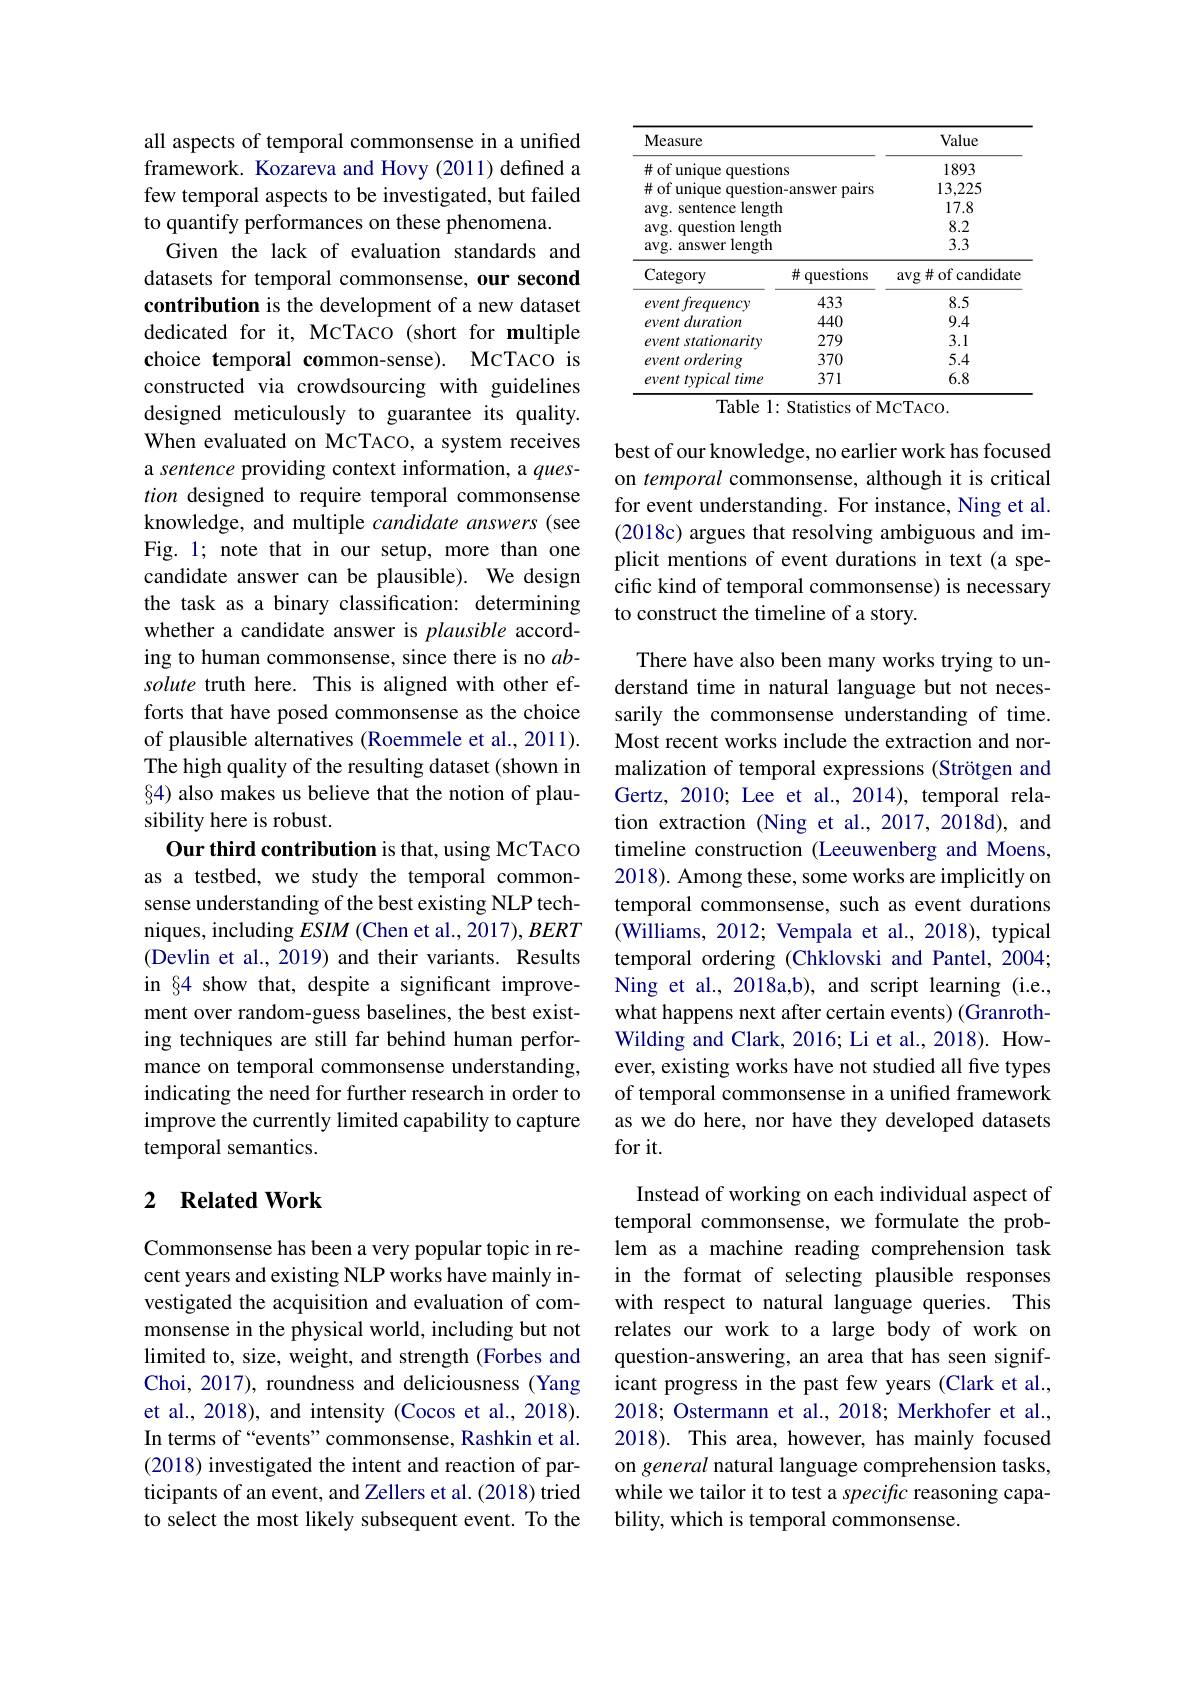
all aspects of temporal commonsense in a unified framework. Kozareva and Hovy (2011) defined a few temporal aspects to be investigated, but failed to quantify performances on these phenomena.
Given the lack of evaluation standards and datasets for temporal commonsense, our second contribution is the development of a new dataset dedicated for it, MCTACO (short for multiple choice temporal common-sense). MCTACO is constructed via crowdsourcing with guidelines designed meticulously to guarantee its quality. When evaluated on McTACO, a system receives a sentence providing context information, a question designed to require temporal commonsense knowledge, and multiple candidate answers (see Fig. 1; note that in our setup, more than one candidate answer can be plausible). We design the task as a binary classification: determining whether a candidate answer is plausible according to human commonsense, since there is no $ab-$ solute truth here. This is aligned with other efforts that have posed commonsense as the choice of plausible alternatives (Roemmele et al., 2011). The high quality of the resulting dataset (shown in §4) also makes us believe that the notion of plausibility here is robust.
Our third contribution is that, using MCTACO as a testbed, we study the temporal commonsense understanding of the best existing NLP techniques, including $ESIM$ (Chen et al., 2017), BERT (Devlin et al., 2019) and their variants. Results in §4 show that, despite a significant improvement over random-guess baselines, the best existing techniques are still far behind human performance on temporal commonsense understanding, indicating the need for further research in order to improve the currently limited capability to capture temporal semantics.

### 2 $\textbf{Related Work}$

Commonsense has been a very popular topic in recent years and existing NLP works have mainly investigated the acquisition and evaluation of commonsense in the physical world, including but not limited to, size, weight, and strength (Forbes and Choi, 2017), roundness and deliciousness (Yang et al., 2018), and intensity (Cocos et al., 2018). In terms of“events”commonsense, Rashkin et al. (2018) investigated the intent and reaction of participants of an event, and Zellers et al. (2018) tried to select the most likely subsequent event. To the

<table>
	<tbody>
		<tr>
			<th>Measure</th>
			<th> </th>
			<th>Value</th>
		</tr>
		<tr>
			<td>$\#$ of unique question $i$</td>
			<td>ns</td>
			<td>1893</td>
		</tr>
		<tr>
			<td>#of unique auestior</td>
			<td>n-answer pairs</td>
			<td>13,225</td>
		</tr>
		<tr>
			<td>avg. sentence length</td>
			<td>1</td>
			<td>17.8</td>
		</tr>
		<tr>
			<td>question length $avg.c$</td>
			<td>1</td>
			<td>8.2</td>
		</tr>
		<tr>
			<td>$avg.$ answer length</td>
			<td> </td>
			<td>3.3</td>
		</tr>
		<tr>
			<td>Category</td>
			<td>井 questions</td>
			<td>$\arg\#$of candidate</td>
		</tr>
		<tr>
			<td>frequency event</td>
			<td>433</td>
			<td>8.5</td>
		</tr>
		<tr>
			<td>duration event</td>
			<td>440</td>
			<td>9.4</td>
		</tr>
		<tr>
			<td>event stationaritw</td>
			<td>279</td>
			<td>3.1</td>
		</tr>
		<tr>
			<td>event ordering</td>
			<td>370</td>
			<td>5.4</td>
		</tr>
		<tr>
			<td>tvpicaltime event</td>
			<td>371</td>
			<td>6.8</td>
		</tr>
	</tbody>
</table>
Table 1: Statistics of MCTACO.

best of our knowledge, no earlier work has focused on temporal commonsense, although it is critical for event understanding. For instance, Ning et al. (2018c) argues that resolving ambiguous and implicit mentions of event durations in text (a specific kind of temporal commonsense) is necessary to construct the timeline of a story.

There have also been many works trying to understand time in natural language but not necessarily the commonsense understanding of time. Most recent works include the extraction and normalization of temporal expressions (Strötgen and Gertz, 2010; Lee et al., 2014), temporal relation extraction (Ning et al., 2017, 2018d), and timeline construction (Leeuwenberg and Moens, 2018). Among these, some works are implicitly on temporal commonsense, such as event durations (Williams, 2012; Vempala et al., 2018), typical temporal ordering (Chklovski and Pantel, 2004; Ning et al., 2018a,b), and script learning (i.e., what happens next after certain events) (GranrothWilding and Clark, 2016; Li et al., 2018). However, existing works have not studied all five types of temporal commonsense in a unified framework as we do here, nor have they developed datasets for it.

Instead of working on each individual aspect of temporal commonsense, we formulate the problem as a machine reading comprehension task in the format of selecting plausible responses with respect to natural language queries. This relates our work to a large body of work on question-answering, an area that has seen significant progress in the past few years (Clark et al., 2018; Ostermann et al., 2018; Merkhofer et al., 2018). This area, however, has mainly focused on general natural language comprehension tasks, while we tailor it to test a specific reasoning capability, which is temporal commonsense.